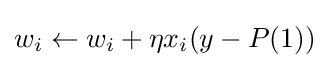
w_{i}\leftarrow w_{i}+\eta x_{i}(y-P(1))